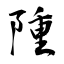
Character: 隀